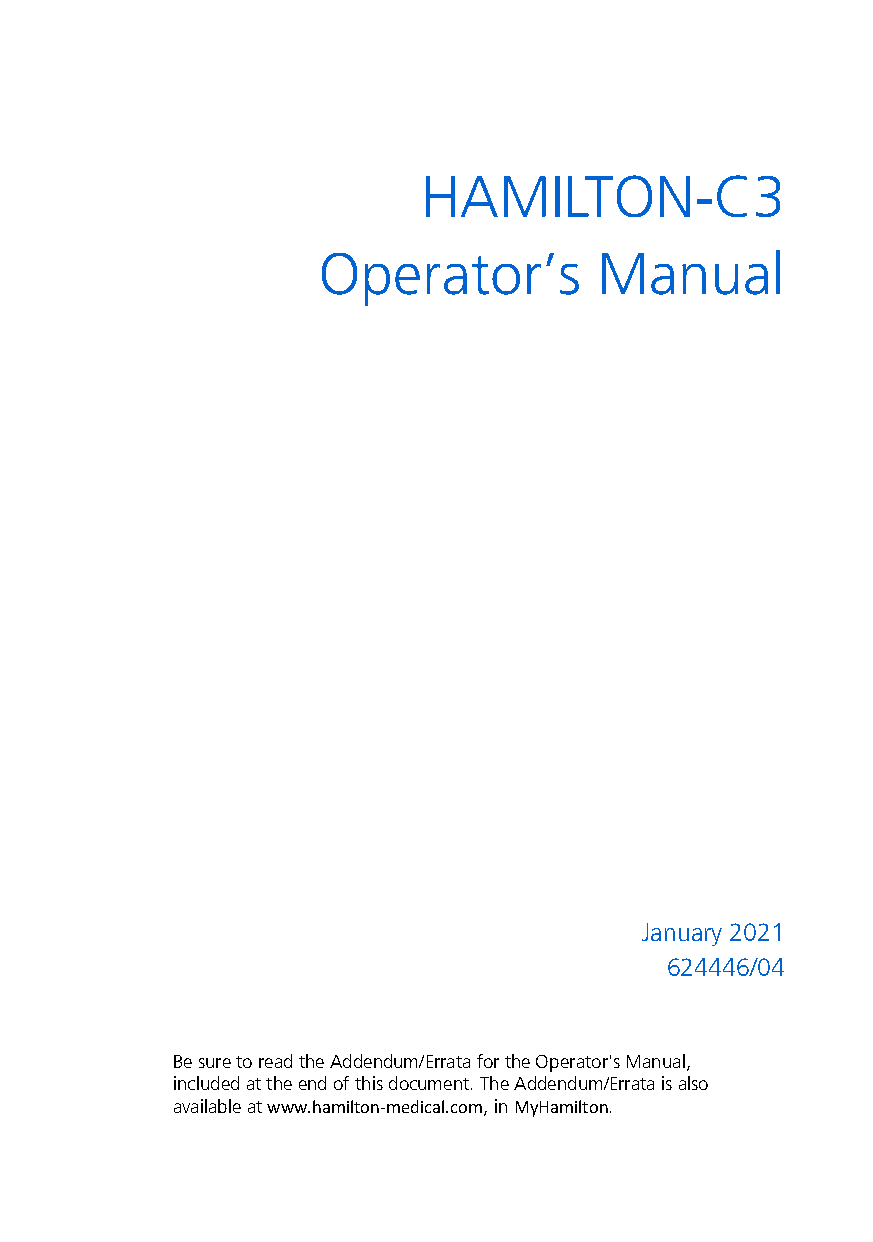
HAMILTON-C3
 Operator’s         Manual
 January 2021
 624446/04
 Be sure to read the Addendum/Errata for the Operator's Manual,
 included at the end of this document. The Addendum/Errata is also
 available at www.hamilton-medical.com, in MyHamilton.